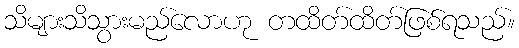
သိများသိသွားမည်လောဟု တထိတ်ထိတ်ဖြစ်ရသည်။